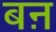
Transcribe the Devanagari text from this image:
बऩ